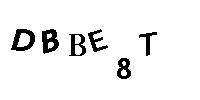
DBBE8T